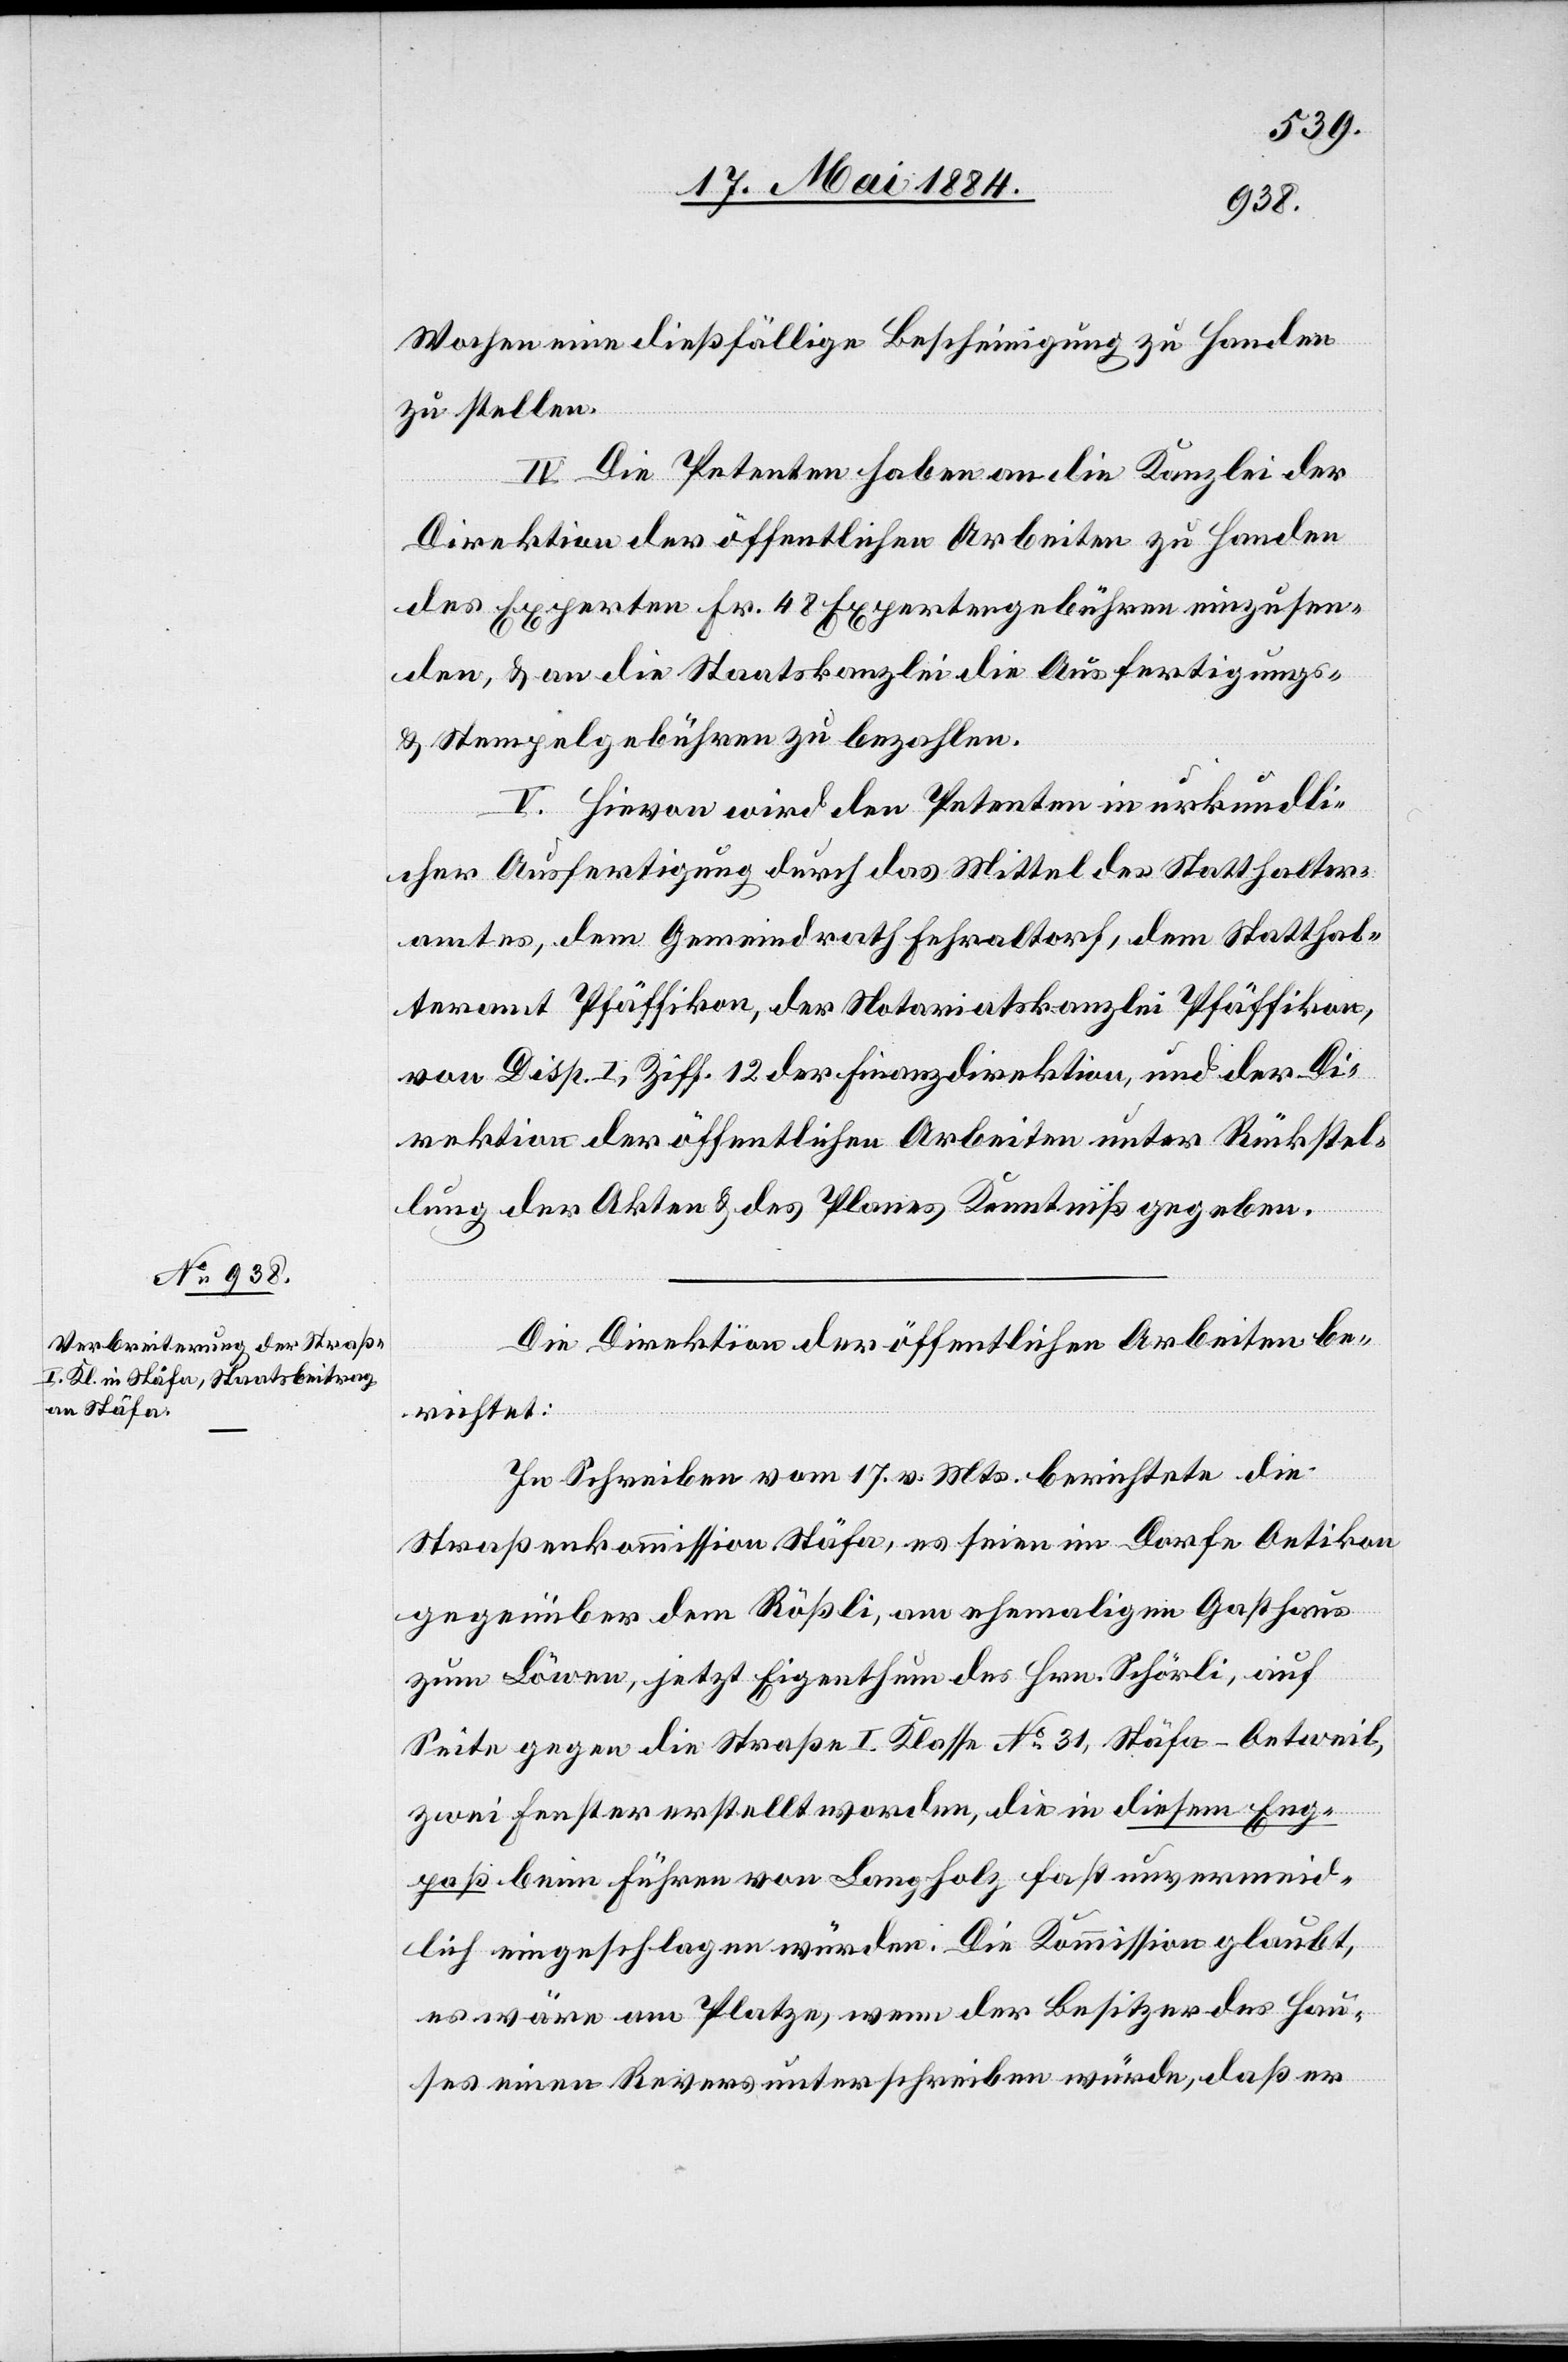
Wochen eine dießfällige Bescheinigung zu Handen
zu stellen.
IV. Die Petenten haben an die Kanzlei der
Direktion der öffentlichen Arbeiten zu handen
des Experten Fr. 48 Expertengebühren einzusen¬
den, & an die Staatskanzlei die Ausfertigungs-
& Stempelgebühren zu bezahlen.
V. Hievon wird den Petenten in urkundli¬
cher Ausfertigung durch das Mittel des Statthalter¬
amtes, dem Gemeindrath Fehraltorf, dem Statthal¬
teramt Pfäffikon, der Notariatskanzlei Pfäffikon,
von Disp. I, Ziff. 12 der Finanzdirektion, und der Di¬
rektion der öffentlichen Arbeiten unter Rückstel¬
lung der Akten & des Planes Kenntniß gegeben.
Die Direktion der öffentlichen Arbeiten be¬
richtet:
In Schreiben vom 17. v. Mts. berichtete die
Straßenkommission Stäfa, es seien im Dorfe Oetweil
gegenüber dem Rößli, am ehemaligen Gasthaus
zum Löwen, jetzt Eigenthum des Hrn. Schörli, auf
Seite gegen die Straße I. Klasse No 31, Stäfa–Oetweil,
zwei Fenster erstellt worden, die in diesem Eng¬
paß beim Führen von Langholz fast unvermeid¬
lich eingeschlagen würden. Die Kommission glaubt,
es wäre am Platze, wenn der Besitzer des Hau¬
ses einen Revers unterschreiben würde, daß er